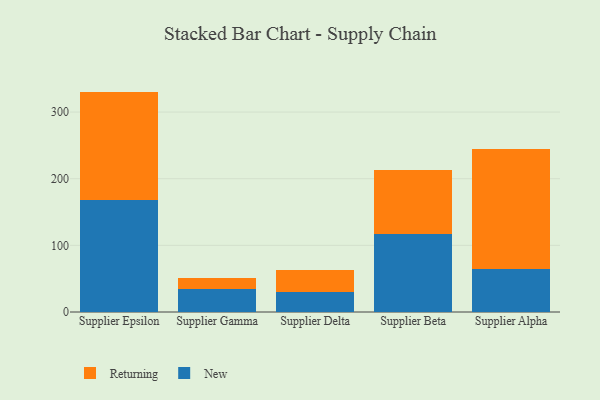
{"axis": {"x": "Supplier", "y": "LTV (USD)"}, "legend": ["New", "Returning"], "data": [{"x": "Supplier Epsilon", "y": 168.3, "type": "New"}, {"x": "Supplier Epsilon", "y": 162.4, "type": "Returning"}, {"x": "Supplier Gamma", "y": 34.0, "type": "New"}, {"x": "Supplier Gamma", "y": 17.3, "type": "Returning"}, {"x": "Supplier Delta", "y": 30.5, "type": "New"}, {"x": "Supplier Delta", "y": 32.9, "type": "Returning"}, {"x": "Supplier Beta", "y": 117.5, "type": "New"}, {"x": "Supplier Beta", "y": 95.0, "type": "Returning"}, {"x": "Supplier Alpha", "y": 64.4, "type": "New"}, {"x": "Supplier Alpha", "y": 179.8, "type": "Returning"}]}